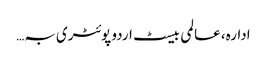
ادارہ، عالمی بیسٹ اردو پوئٹری بہ…